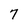
Character: 7